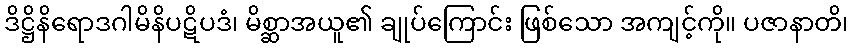
ဒိဋ္ဌိနိရောဒဂါမိနိပဋိပဒံ၊ မိစ္ဆာအယူ၏ ချုပ်ကြောင်း ဖြစ်သော အကျင့်ကို။ ပဇာနာတိ၊